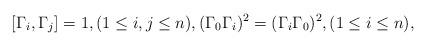
LaTeX: \begin{align*}[\Gamma_i,\Gamma_j]=1, (1\leq i,j\leq n),(\Gamma_0\Gamma_i)^2=(\Gamma_i\Gamma_0)^2, (1\leq i\leq n),\end{align*}